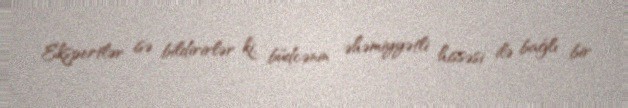
Ekspertlər isə bildirirlər ki, büdcənin əhəmiyyətli hissəsi ilə bağlı bir